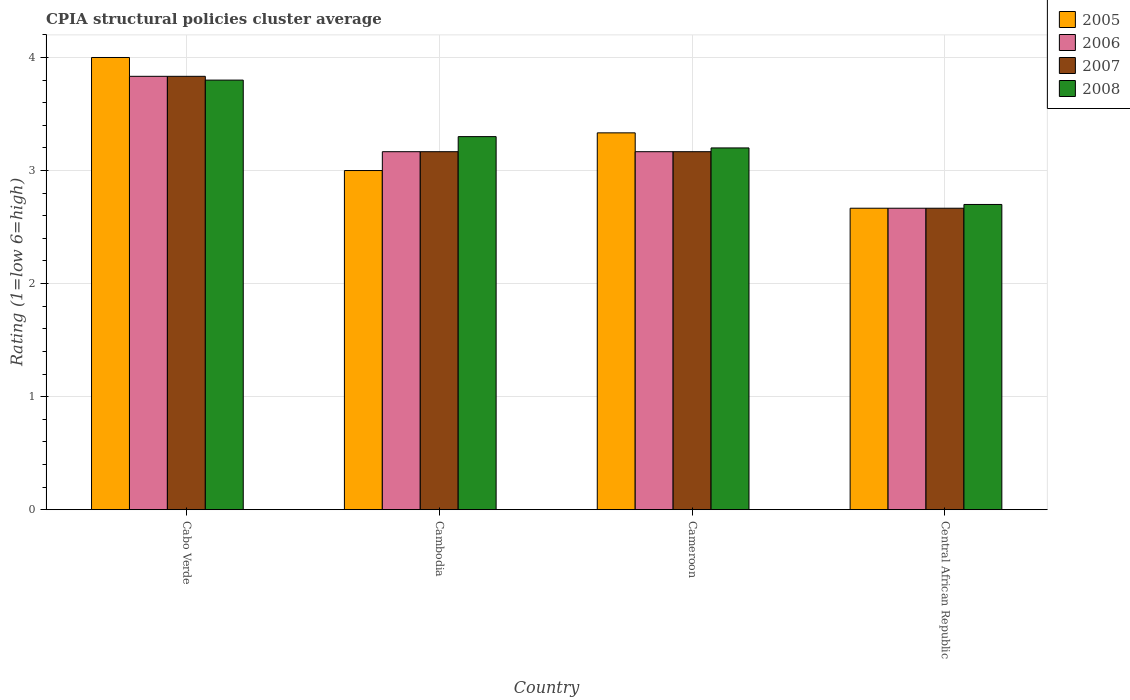
| Country | 2005 | 2006 | 2007 | 2008 |
 | --- | --- | --- | --- | --- |
 | Cabo Verde | 4 | 3.83 | 3.83 | 3.8 |
 | Cambodia | 3 | 3.17 | 3.17 | 3.3 |
 | Cameroon | 3.33 | 3.17 | 3.17 | 3.2 |
 | Central African Republic | 2.67 | 2.67 | 2.67 | 2.7 |